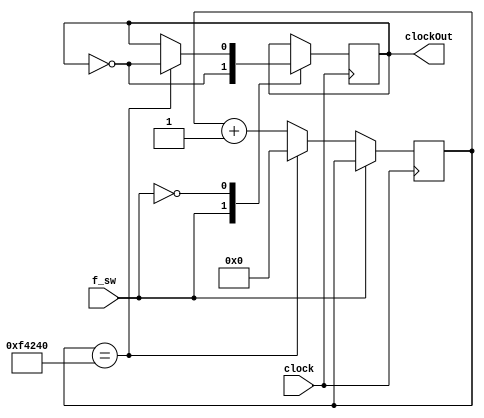
`timescale 1ns / 1ps
//////////////////////////////////////////////////////////////////////////////////
// Company: 
// Engineer: 
// 
// Design Name: 
// Module Name: ClockDivider
// Project Name: 
// Target Devices: 
// Tool Versions: 
// Description: 
// 
// Dependencies: 
// 
// Revision:
// Revision 0.01 - File Created
// Additional Comments:
// 
//////////////////////////////////////////////////////////////////////////////////


module ClockDivider #(
    parameter DIVIDE = 1000000
    )(
    input wire clock,
    input wire f_sw,
    output reg clockOut = 0
    );
    reg[31: 0] counter = 0;

    always @(posedge clock) begin
        case(f_sw)
            1'b1: clockOut <= ~clockOut;
            1'b0: begin
                if(counter == DIVIDE) begin
                    clockOut <= ~clockOut;
                    counter <= 0;
                end else begin
                    counter <= counter + 1;
                end
            end
        endcase
    end
endmodule